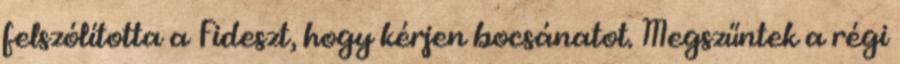
felszólította a Fideszt, hogy kérjen bocsánatot. Megszűntek a régi